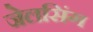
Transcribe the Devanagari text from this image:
जेलसिंग